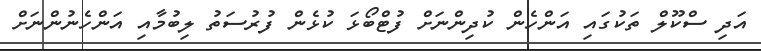
އަދި ސްކޫލް ތަކުގައި އަންހެން ކުދިންނަށް ފުޓްބޯޅަ ކުޅެން ފުރުސަތު ލިބުމާއި އަންހެނުންނަށް